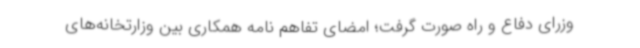
وزرای دفاع و راه صورت گرفت؛ امضای تفاهم نامه همکاری بین وزارتخانه‌های